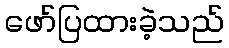
ဖော်ပြထားခဲ့သည်